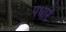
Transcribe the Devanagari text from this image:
पधारें